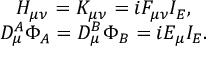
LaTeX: \begin{array} { c } { { H _ { \mu \nu } = K _ { \mu \nu } = i F _ { \mu \nu } I _ { E } , } } \\ { { D _ { \mu } ^ { A } \Phi _ { A } = D _ { \mu } ^ { B } \Phi _ { B } = i E _ { \mu } I _ { E } . } } \end{array}